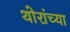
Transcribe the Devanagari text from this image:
थोरांच्या